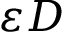
\varepsilon D